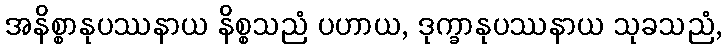
အနိစ္စာနုပဿနာယ နိစ္စသညံ ပဟာယ, ဒုက္ခာနုပဿနာယ သုခသညံ,